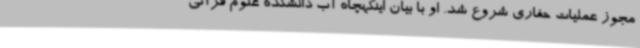
مجوز عملیات حفاری شروع شد. او با بیان اینکهچاه آب دانشکده علوم قرآنی